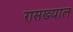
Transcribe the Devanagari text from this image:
रासख्याल